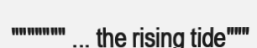
""""""" ... the rising tide"""